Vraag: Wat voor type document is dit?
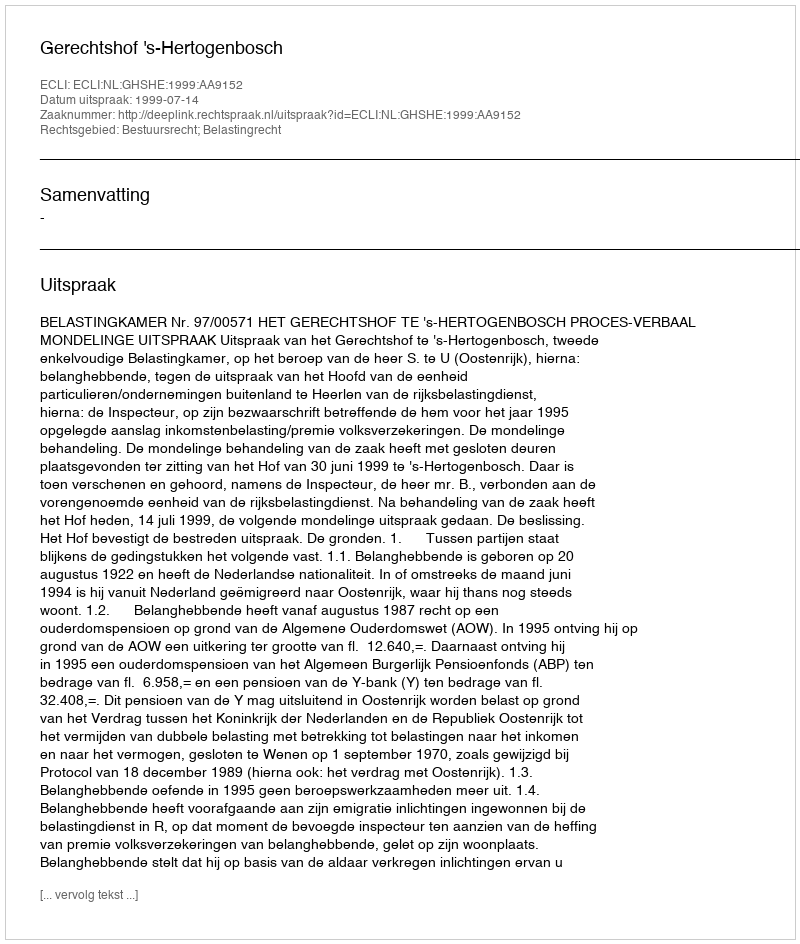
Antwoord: Uitspraak